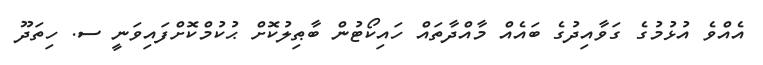
އެއްވެ އުޅުމުގެ ގަވާއިދުގެ ބައެއް މާއްދާތައް ހައިކޯޓުން ބާޠިލުކޮށް ޙުކުމްކޮށްފައިވަނީ ސ. ހިތަދޫ